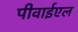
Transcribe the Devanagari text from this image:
पीवाईएल